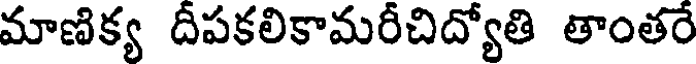
మాణిక్య దీపకలికామరీచిద్యోతి తాంతరే